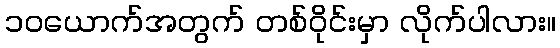
၁၀ယောက်အတွက် တစ်ဝိုင်းမှာ လိုက်ပါလား။